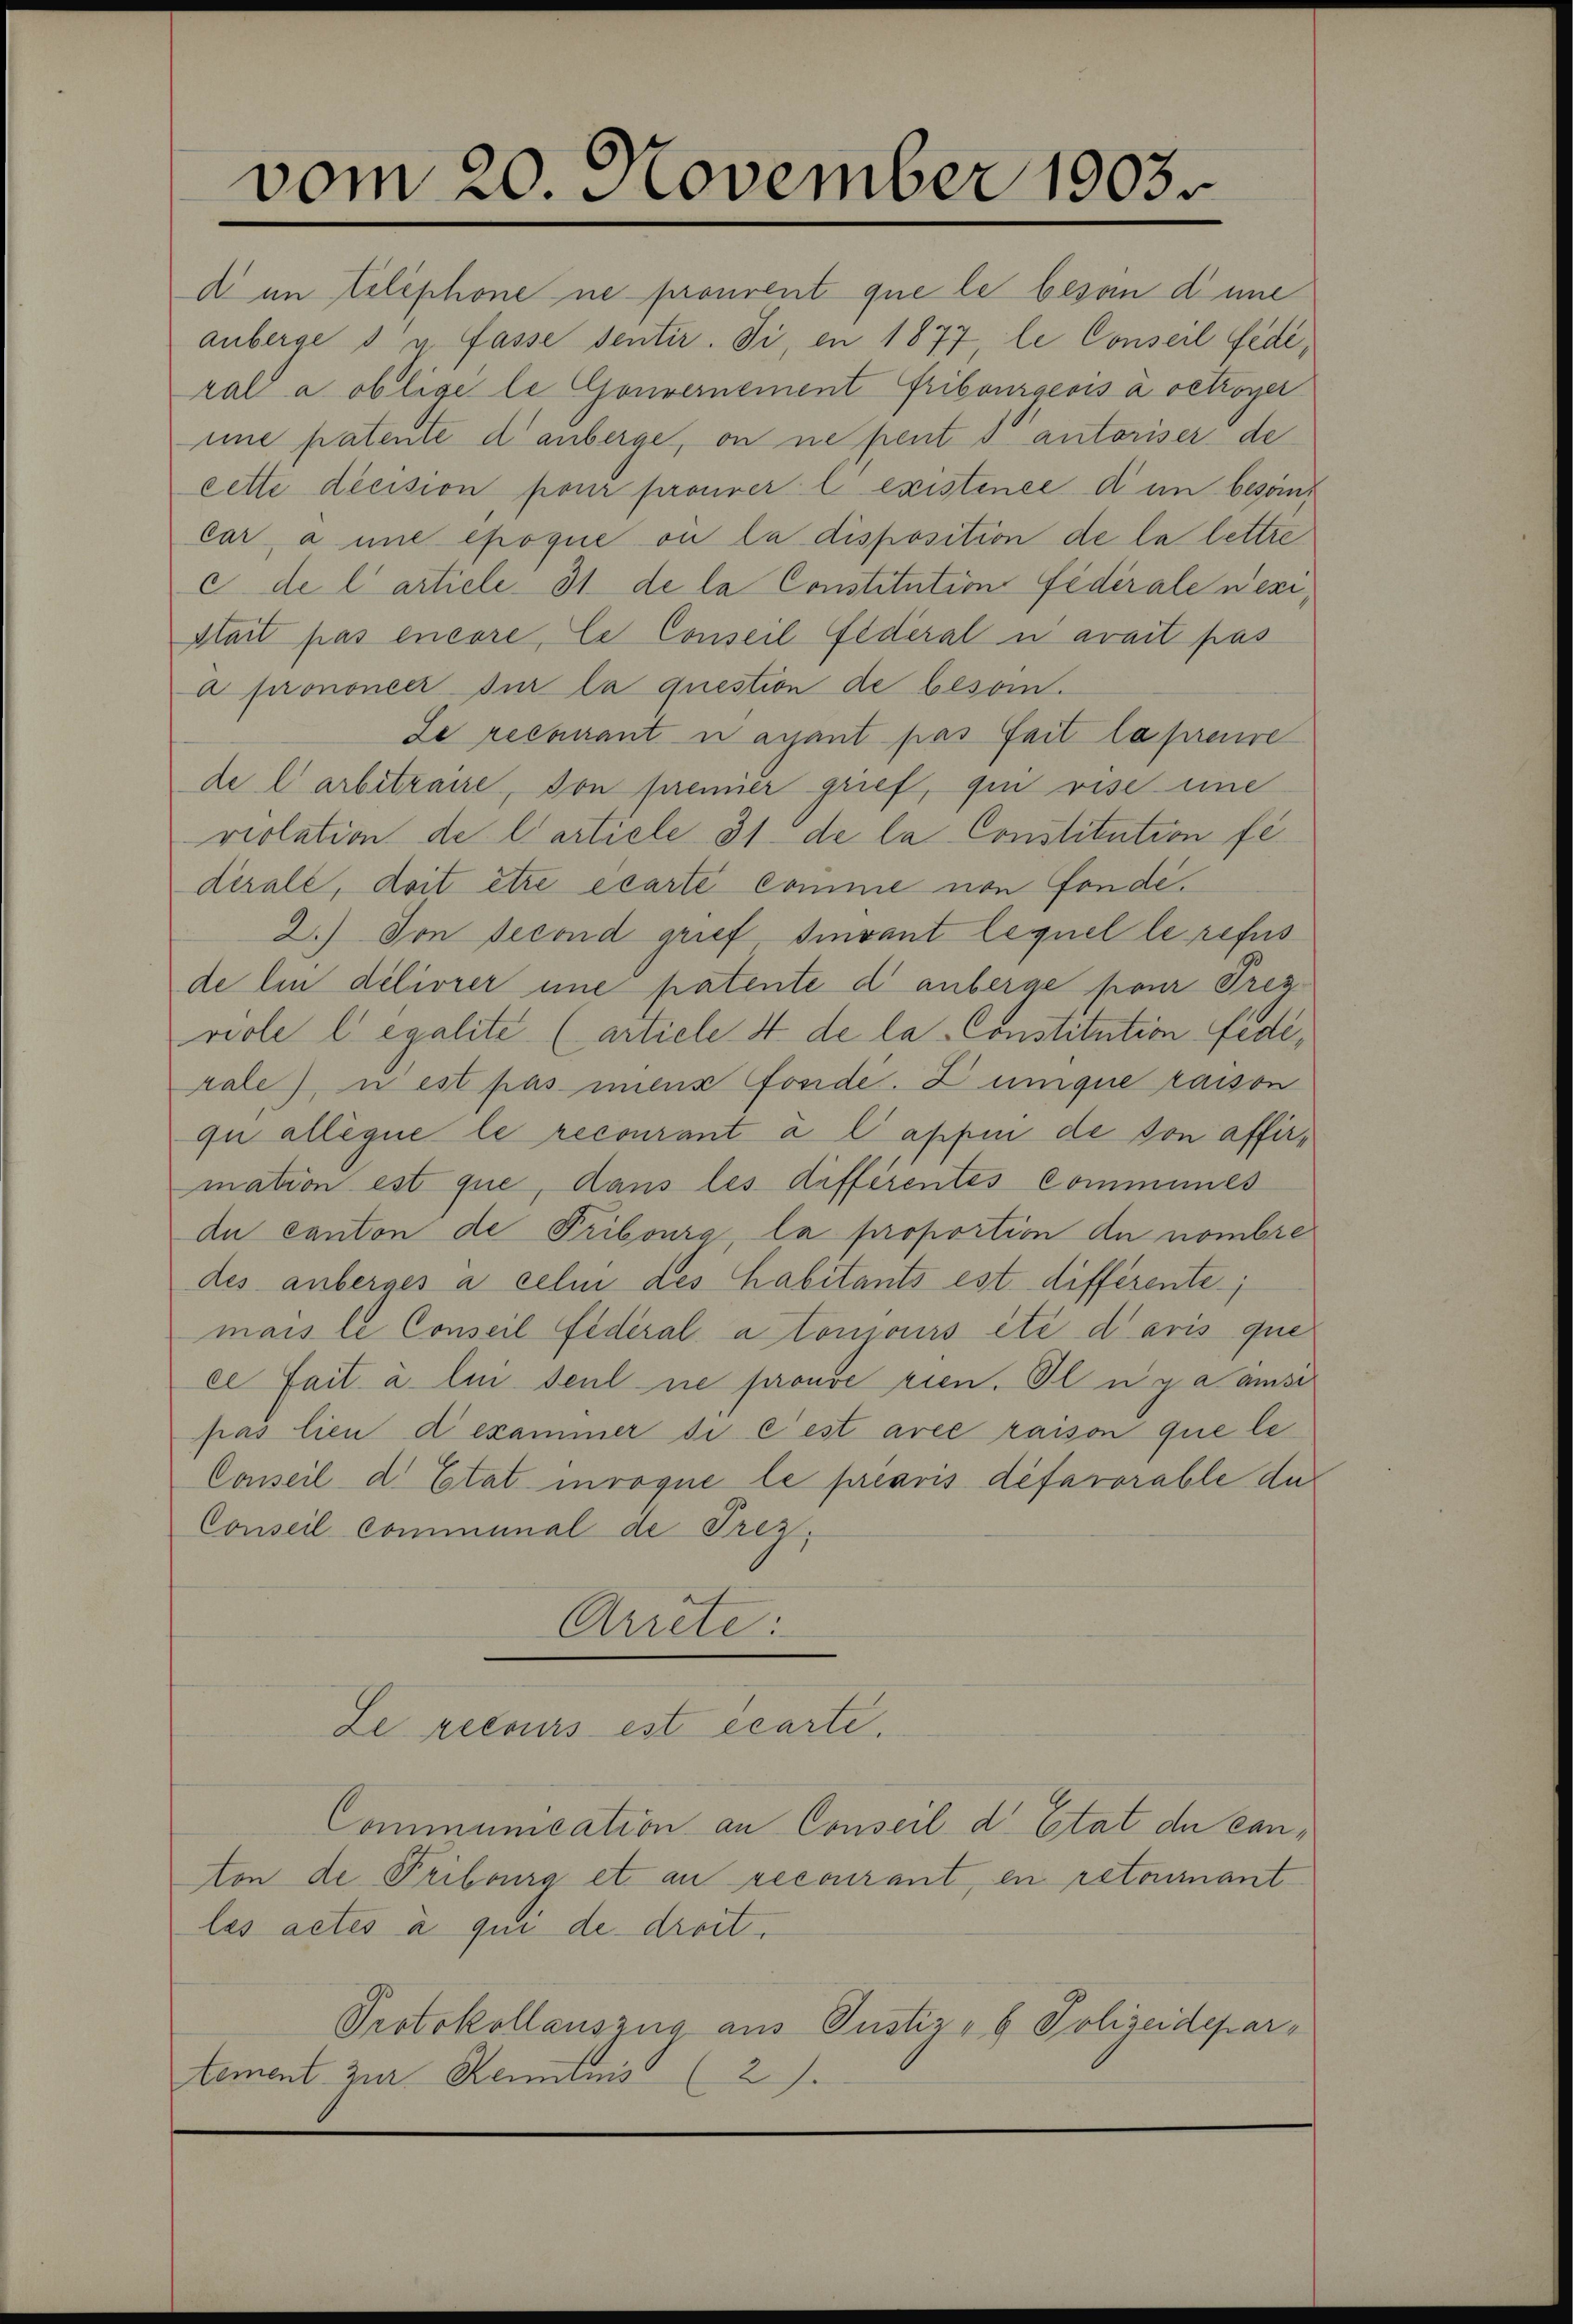
vom 20. November 1903

d in telephone ne prouvent que le beson diene
anberge du fasse sentir. Si, en 1877, le Conseil fede,
ral a oblige le Gouvernement Fribourgeois à cetroger
mne patente di anberge, on ne pent du autoriser de
cette decision pour prouver lexistence d’un besond
Car, a une époque ou la disposition de la lettre
c de l’article 31 de la Constitution fidérale nexi¬
Stait pas encore, le Conseil fédéral u avait pas
a prononcer sur la question de beson¬
Se recurant nayant pas fait la preuve
de l'arbitraire, von prenner grief, qui rise eine
violation de l’article 31 de la Constitution fe
dérale, doit être écarté comme von fonde.
2.) Von second grief Iivant lequel le refus
de lin délivrer une patente d. anberge pour Prez
riole legalite (article 4 de la Constitution edirale), nest pas mens fonde. Zumque raison
qu allégue le recourant a Cappen de son affirmation est que, dans les différentes communes
du canton de Fribourg, la proportion du nombre
des anberges à celm des habitants est différente
mais le Conseil fédéral atomiours été daris que
el fait à lui seul ne prouve rien. Il y a emse
pas lieu dekammer di c’est arce raison que le¬
Conseil d. Etat invoque le préavis defarorable die
Conseil communal de Trez.
Arrete:
Le recours est écarte.
Communication an Conseil d. Etat de canton de Fribourg et an recourant, en retoirant
les actes à qui de droit.
Protokollauszug aus Justiz- & Polizeidepartement zur Reimnis (2).